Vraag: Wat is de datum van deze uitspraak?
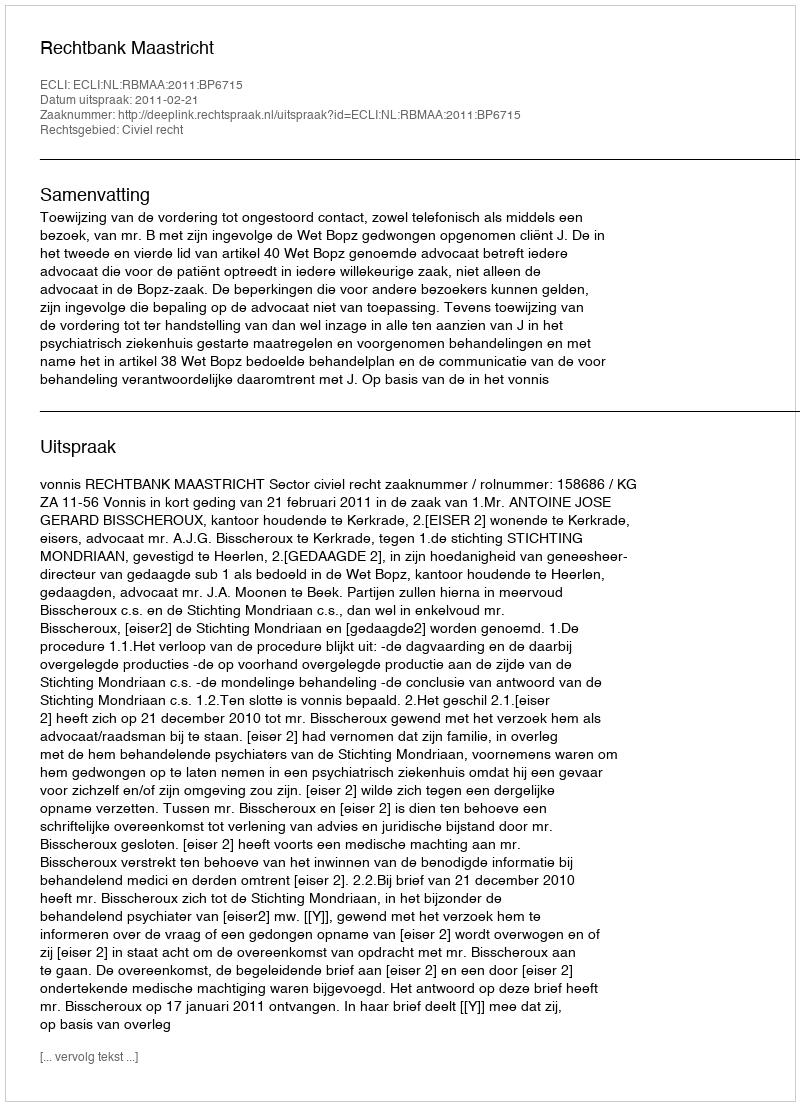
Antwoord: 2011-02-21